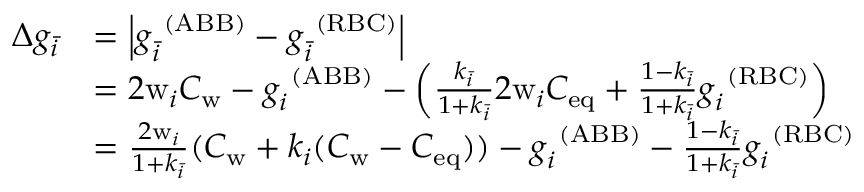
\begin{array} { r l } { \Delta g _ { \bar { i } } } & { = \left| g _ { \bar { i } } ^ { \ ( \mathrm { A B B } ) } - g _ { \bar { i } } ^ { \ ( \mathrm { R B C } ) } \right| } \\ & { = 2 \mathrm { w } _ { i } C _ { \mathrm { w } } - g _ { i } ^ { \ ( \mathrm { A B B } ) } - \left( \frac { k _ { \bar { i } } } { 1 + k _ { \bar { i } } } 2 \mathrm { w } _ { i } C _ { \mathrm { e q } } + \frac { 1 - k _ { \bar { i } } } { 1 + k _ { \bar { i } } } g _ { i } ^ { \ ( \mathrm { R B C } ) } \right) } \\ & { = \frac { 2 \mathrm { w } _ { i } } { 1 + k _ { \bar { i } } } ( C _ { \mathrm { w } } + k _ { i } ( C _ { \mathrm { w } } - C _ { \mathrm { e q } } ) ) - g _ { i } ^ { \ ( \mathrm { A B B } ) } - \frac { 1 - k _ { \bar { i } } } { 1 + k _ { \bar { i } } } g _ { i } ^ { \ ( \mathrm { R B C } ) } } \end{array}